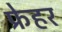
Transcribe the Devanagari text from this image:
फ्रेहर